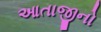
આતાજીનો